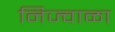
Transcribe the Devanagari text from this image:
निज्वाळा